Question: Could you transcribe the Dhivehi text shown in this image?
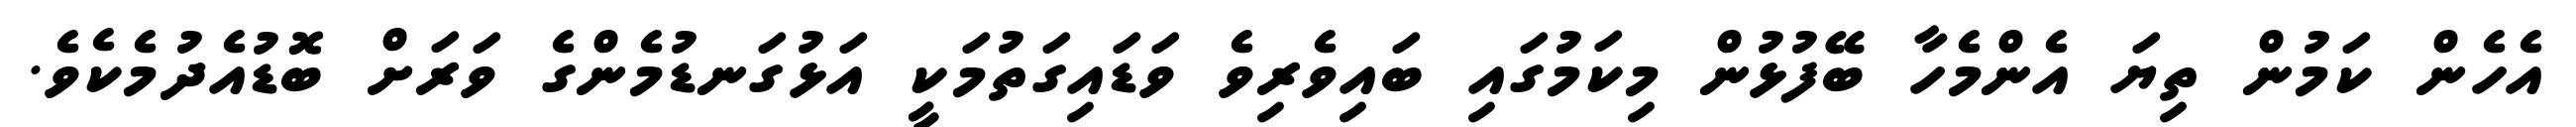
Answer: އެހެން ކަމުން ތިޔަ އެންމެހާ ބޭފުޅުން މިކަމުގައި ބައިވެރިވެ ވަޑައިގަތުމަކީ އަޅުގަނޑުމެންގެ ވަރަށް ބޮޑުއެދުމެކެވެ.